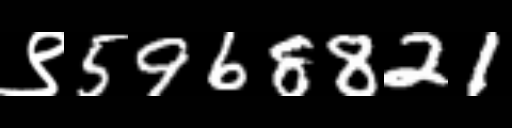
Text: ९5968821